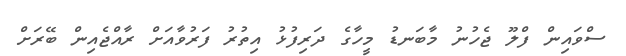
ސްވައިން ފްލޫ ޖެހުނު މާބަނޑު މީހާގެ ދަރިފުޅު އިތުރު ފަރުވާއަށް ރާއްޖެއިން ބޭރަށް